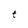
Character: t